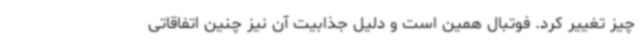
چیز تغییر کرد. فوتبال همین است و دلیل جذابیت آن نیز چنین اتفاقاتی